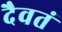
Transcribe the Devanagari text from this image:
दैवतं